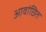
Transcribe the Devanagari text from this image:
आवांछित